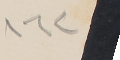
١٦٢